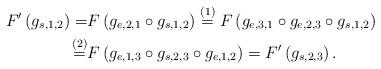
LaTeX: \begin{align*}F^{\prime}\left(g_{s,1,2}\right)=&F\left(g_{e,2,1}\circ g_{s,1,2}\right)\overset{(1)}{=}F\left(g_{e,3,1}\circ g_{e,2,3}\circ g_{s,1,2}\right)\\\overset{(2)}{=}&F\left(g_{e,1,3}\circ g_{s,2,3}\circ g_{e,1,2}\right)=F^{\prime}\left(g_{s,2,3}\right).\end{align*}